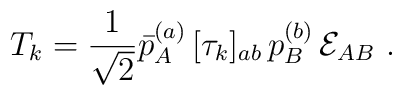
T_k = {1 \over \sqrt{2}} \bar p_A^{(a)}\, [\tau_k]_{ab} \,p_B^{(b)}                  \,{\cal E}_{AB}  \, \,.